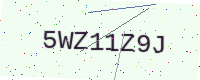
Text: 5WZ11Z9J